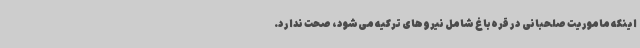
اینکه ماموریت صلحبانی در قره‌باغ شامل نیروهای ترکیه می‌شود، صحت ندارد.